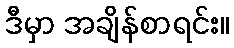
ဒီမှာ အချိန်စာရင်း။